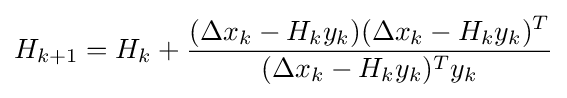
H_{k+1}=H_{k}+{\frac {(\Delta x_{k}-H_{k}y_{k})(\Delta x_{k}-H_{k}y_{k})^{T}}{(\Delta x_{k}-H_{k}y_{k})^{T}y_{k}}}